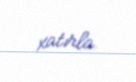
xatırla.